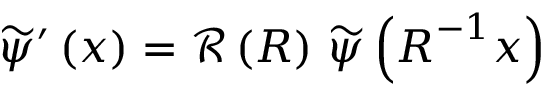
\begin{array} { r } { \widetilde { \psi } ^ { \prime } \left( \boldsymbol { x } \right) = \mathcal { R } \left( \boldsymbol { R } \right) \, \widetilde { \psi } \left( \boldsymbol { R } ^ { - 1 } \boldsymbol { x } \right) } \end{array}